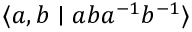
\langle a , b \mid a b a ^ { - 1 } b ^ { - 1 } \rangle